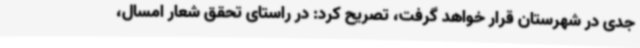
جدی در شهرستان قرار خواهد گرفت، تصریح ‌کرد: در راستای تحقق شعار امسال،